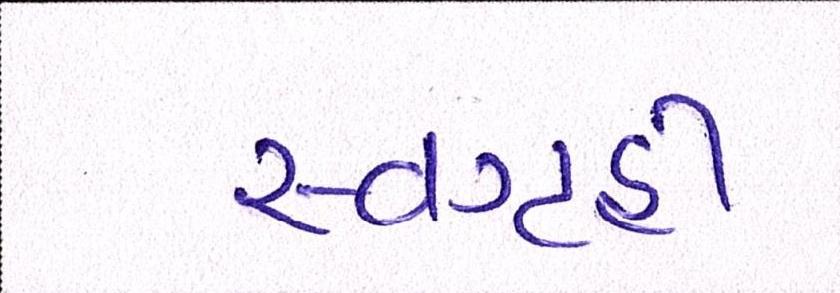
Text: સ્વગૃહી